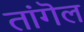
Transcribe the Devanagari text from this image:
तांगॆल